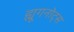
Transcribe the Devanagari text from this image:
ह्यूगनोट्स